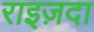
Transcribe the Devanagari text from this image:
राइज़दा